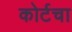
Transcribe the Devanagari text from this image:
कोर्टचा